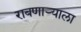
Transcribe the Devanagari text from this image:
राबणार्‍याला